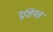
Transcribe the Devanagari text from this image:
प्रेशियस